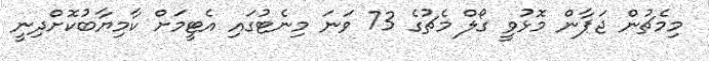
މިމެޗުން ޖަޕާން މޮޅުވީ ގޯލް މެޗުގެ 73 ވަނަ މިނެޓުގައި އެޓީމަށް ކާމިޔާބުކޮށްދިނީ